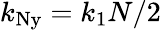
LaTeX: k_{\mathrm{Ny}}=k_{1}N/2